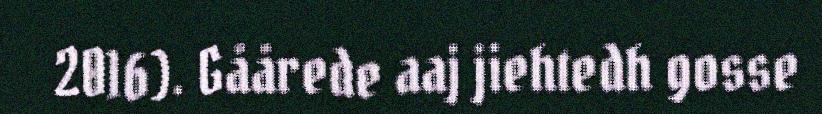
2016). Gåårede aaj jiehtedh gosse